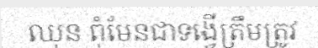
ឈុន ពុំមែនជាទង្វើត្រឹមត្រូវ